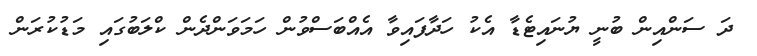
ދަ ސަންއިން ބުނީ ޔުނައިޓެޑާ އެކު ހަދާފައިވާ އެއްބަސްވުން ހަމަވަންދެން ކްލަބުގައި މަޑުކުރަން